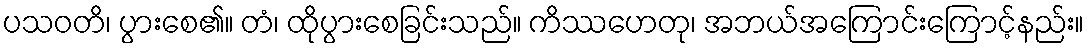
ပသဝတိ၊ ပွားစေ၏။ တံ၊ ထိုပွားစေခြင်းသည်။ ကိဿဟေတု၊ အဘယ်အကြောင်းကြောင့်နည်း။